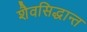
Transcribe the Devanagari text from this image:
शैवसिद्धान्त